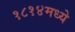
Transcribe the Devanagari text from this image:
१८१४मध्ये